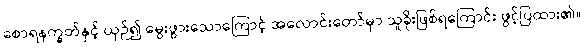
စောရနက္ခတ်နှင့် ယှဉ်၍ မွေးဖွားသောကြောင့် အလောင်းတော်မှာ သူခိုးဖြစ်ရကြောင်း ဖွင့်ပြထား၏။